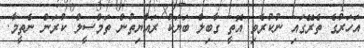
އަހަރުގެ ތެރޭގައި ނުކުރެވި އޮތީ ގާބިލް ބަޔަކު ރައްޔިތުން ތަމްސީލް ކުރަން ނެތީމާ.